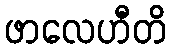
ဖာလေဟီတိ